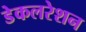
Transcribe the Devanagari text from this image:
डेकलरेशन